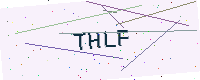
Text: THLF